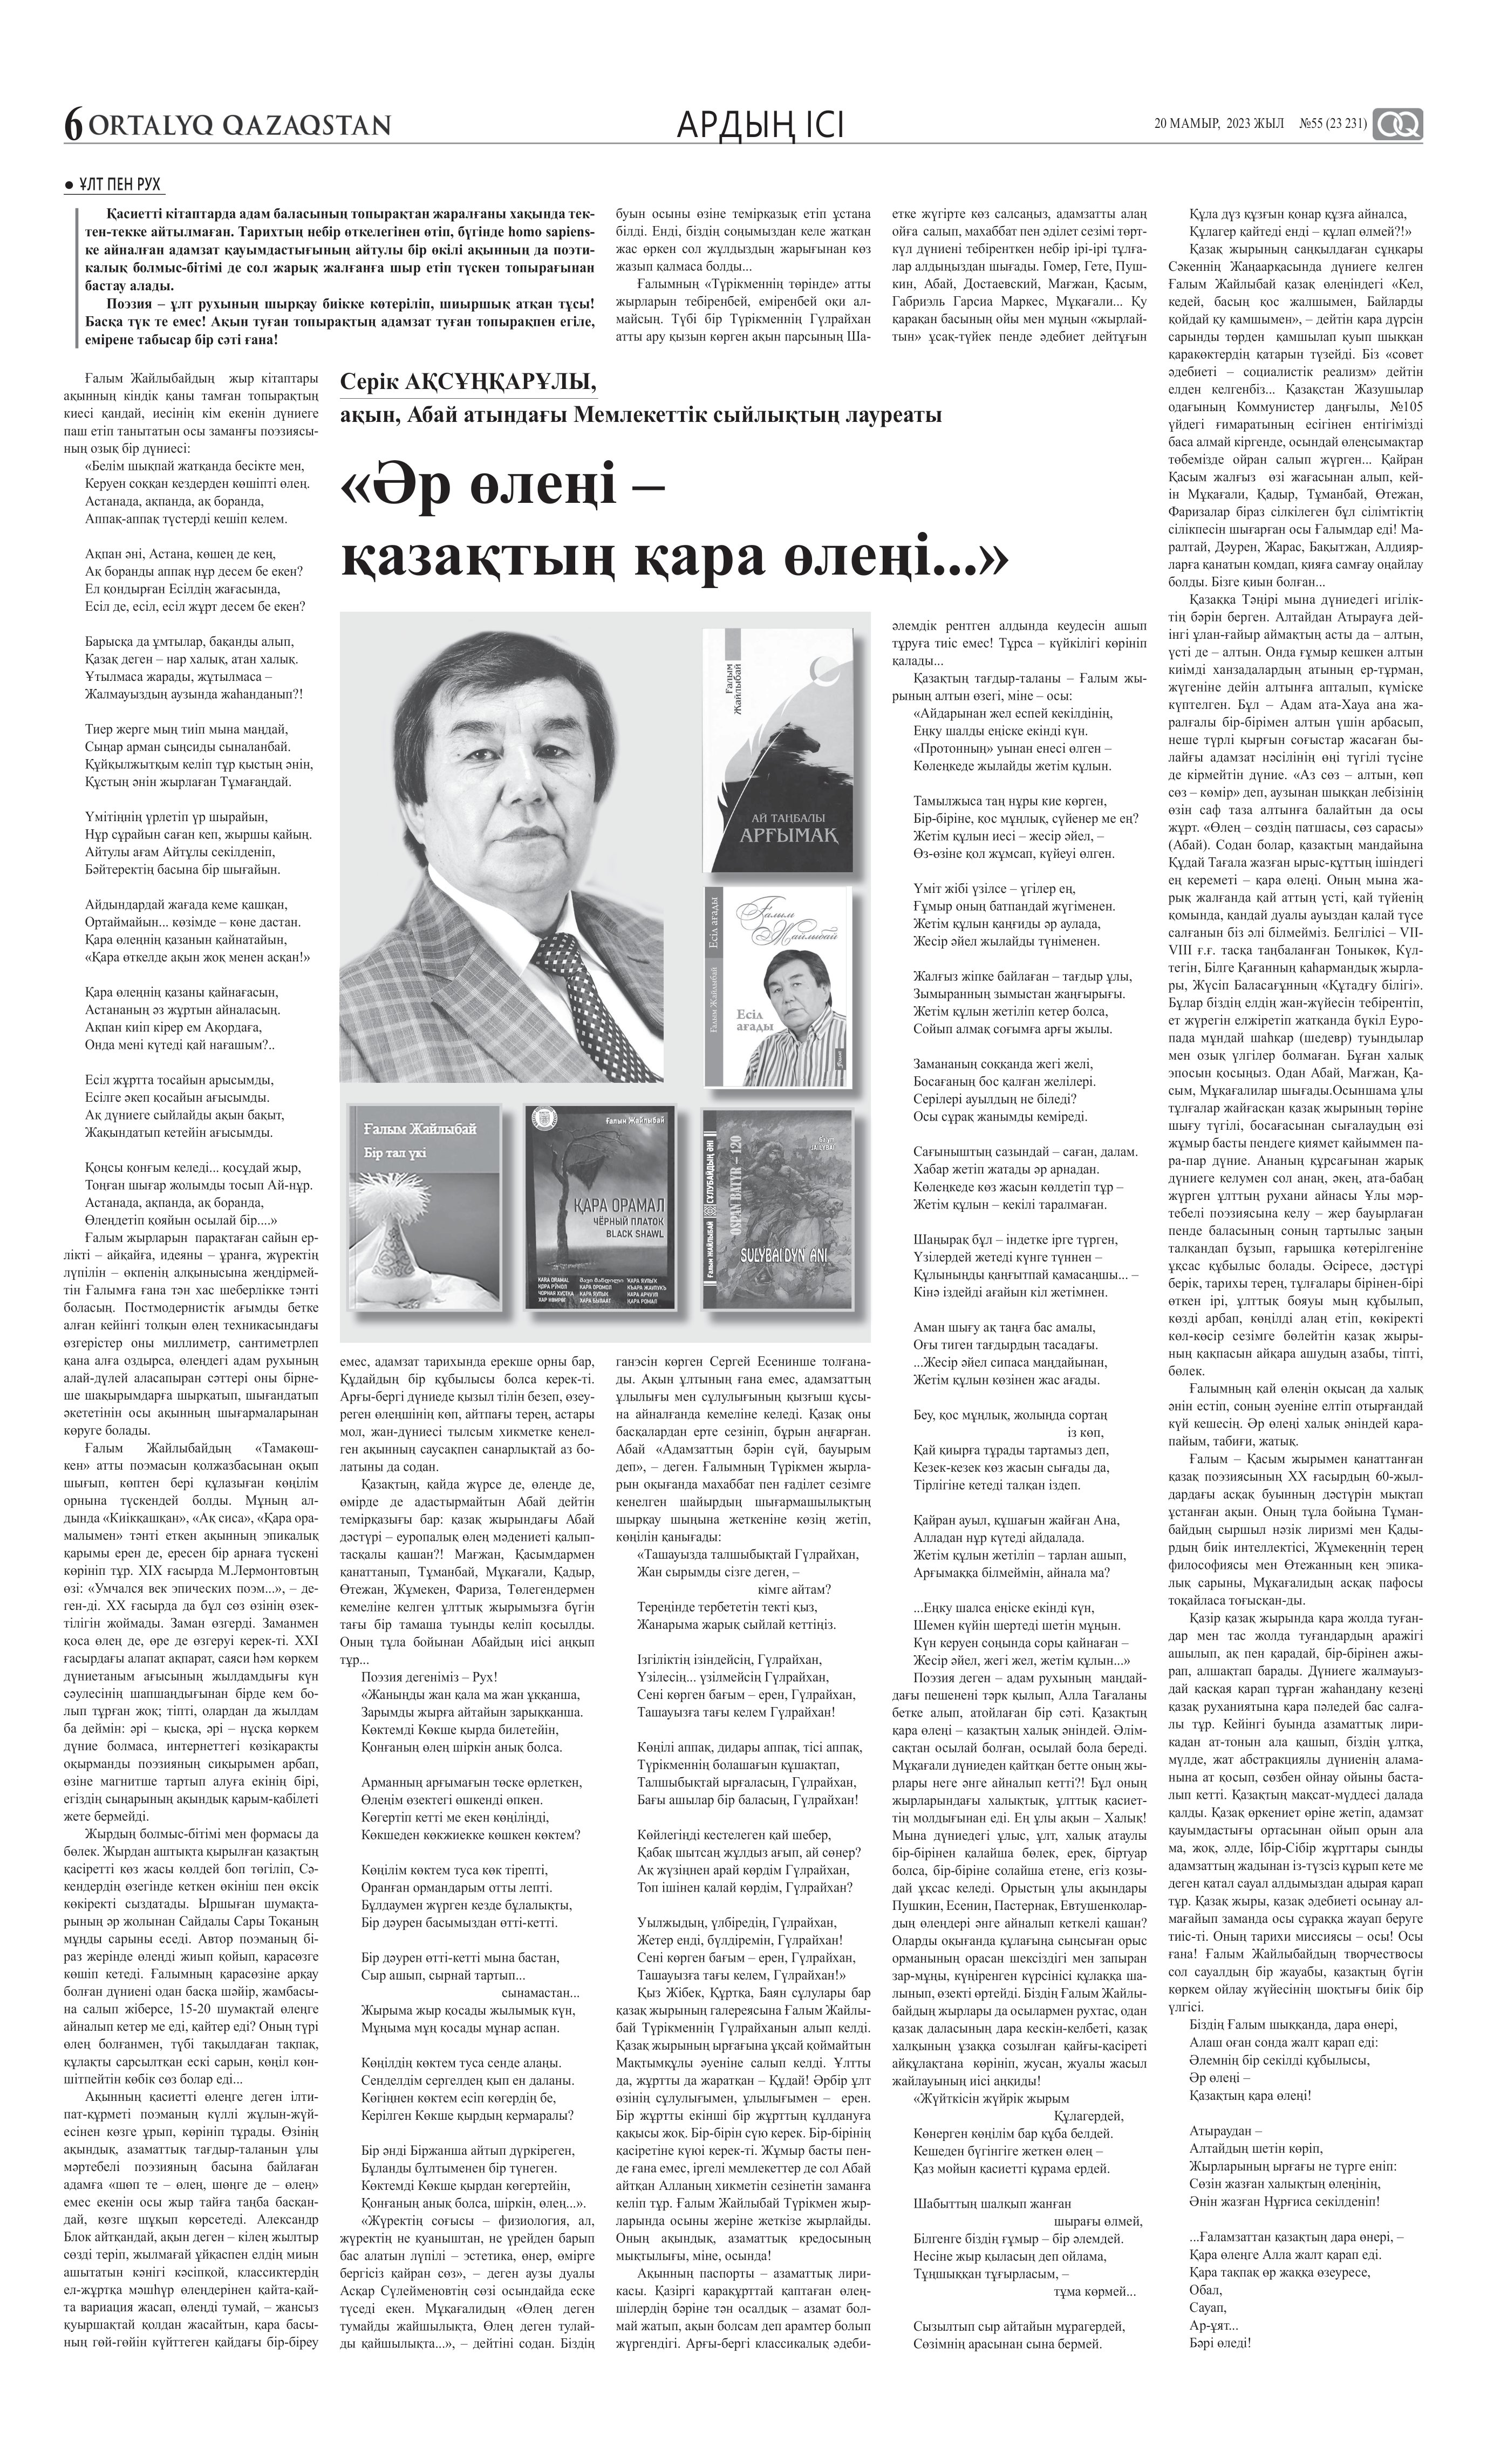
Language: kk